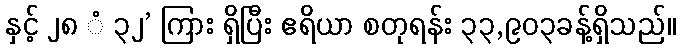
နှင့် ၂၈ ံ ၃၂’ ကြား ရှိပြီး ဧရိယာ စတုရန်း ၃၃,၉၀၃ခန့်ရှိသည်။